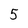
Character: 5